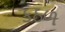
કઠળ